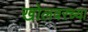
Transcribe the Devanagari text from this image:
खोलवरच्या